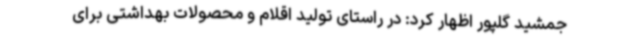
جمشید گلپور اظهار کرد: در راستای تولید اقلام و محصولات بهداشتی برای